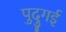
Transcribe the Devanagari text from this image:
पुदुगई